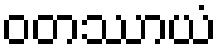
ဝတဿာယံ